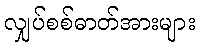
လျှပ်စစ်ဓာတ်အားများ